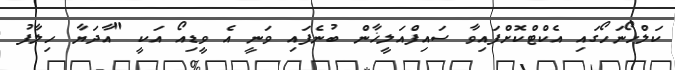
ކަލްހޯނަހޯގައި އެކްޓްކޮށްފައިވާ ސައިފްއަލީޚާން ބުނެފައި ވަނީ އެ ވީޑިއޯ އަކީ "އާދަޔާ ހިލާފު